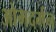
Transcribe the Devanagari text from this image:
ओमदर्मन